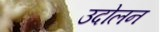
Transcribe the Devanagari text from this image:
उदोलन